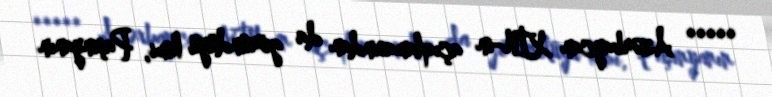
***** Azərbaycan XİN-in açıqlamasından da göründüyü kimi, Paşinyanın